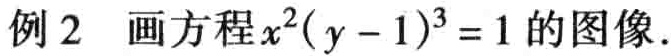
例2 画方程\(x^{2}(y - 1)^{3}=1\)的图像.